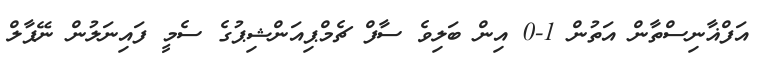
އަފްޣާނިސްތާން އަތުން 1-0 އިން ބަލިވެ ސާފް ޗެމްޕިއަންޝިޕުގެ ސެމީ ފައިނަލުން ނޭޕާލް